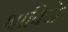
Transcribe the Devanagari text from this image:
भाविजे